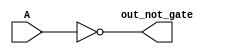
module not_gate(input A,output out_not_gate);
    //assign #() 
    assign #(1:2:3,1:2:3) out_not_gate = ~A;
endmodule